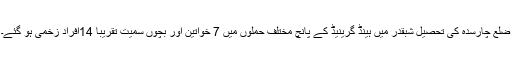
ضلع چارسدہ کی تحصیل شبقدر میں ہینڈ گرینیڈ کے پانچ مختلف حملوں میں 7 خواتین اور بچوں سمیت تقریباً 14افراد زخمی ہو گئے۔